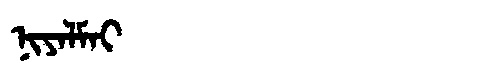
Manchu: ᠨᡳᠶᠠᠯᠮᠠᡳ
Romanization: NIYALMAI